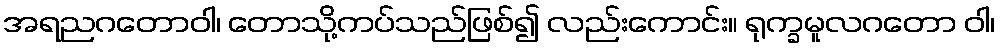
အရညဂတောဝါ၊ တောသို့ကပ်သည်ဖြစ်၍ လည်းကောင်း။ ရုက္ခမူလဂတော ဝါ၊